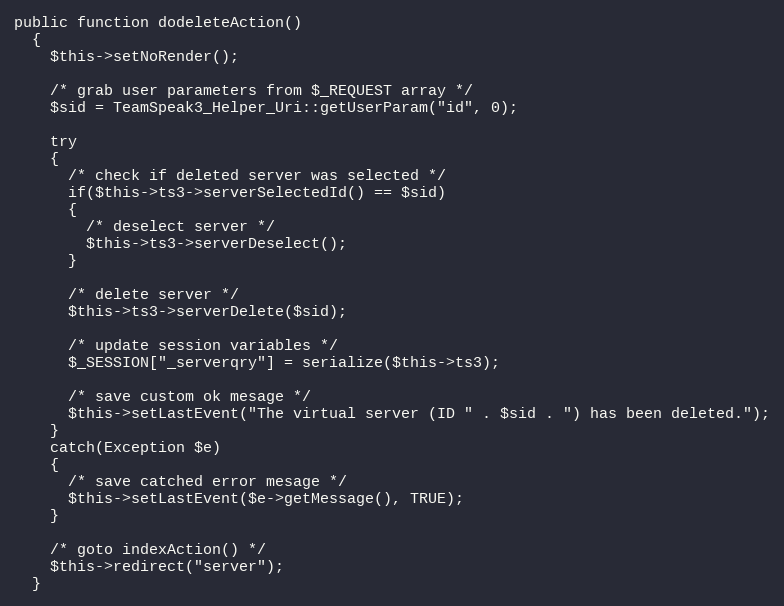
Language: PHP
public function dodeleteAction()
  {
    $this->setNoRender();

    /* grab user parameters from $_REQUEST array */
    $sid = TeamSpeak3_Helper_Uri::getUserParam("id", 0);

    try
    {
      /* check if deleted server was selected */
      if($this->ts3->serverSelectedId() == $sid)
      {
        /* deselect server */
        $this->ts3->serverDeselect();
      }

      /* delete server */
      $this->ts3->serverDelete($sid);

      /* update session variables */
      $_SESSION["_serverqry"] = serialize($this->ts3);

      /* save custom ok mesage */
      $this->setLastEvent("The virtual server (ID " . $sid . ") has been deleted.");
    }
    catch(Exception $e)
    {
      /* save catched error mesage */
      $this->setLastEvent($e->getMessage(), TRUE);
    }

    /* goto indexAction() */
    $this->redirect("server");
  }